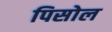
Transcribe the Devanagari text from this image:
पिसोल